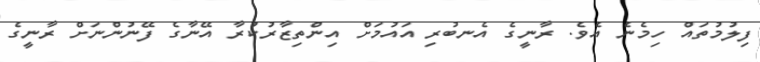
ފިލުމުތައް ހިމެނެ އެވެ. ރާނީގެ އެނބުރި އައުމަށް އިންތިޒާރުކުރާ އޭނާގެ ފޭނުންނަށް ރާނީގެ